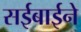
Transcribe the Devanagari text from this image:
सईबाईने